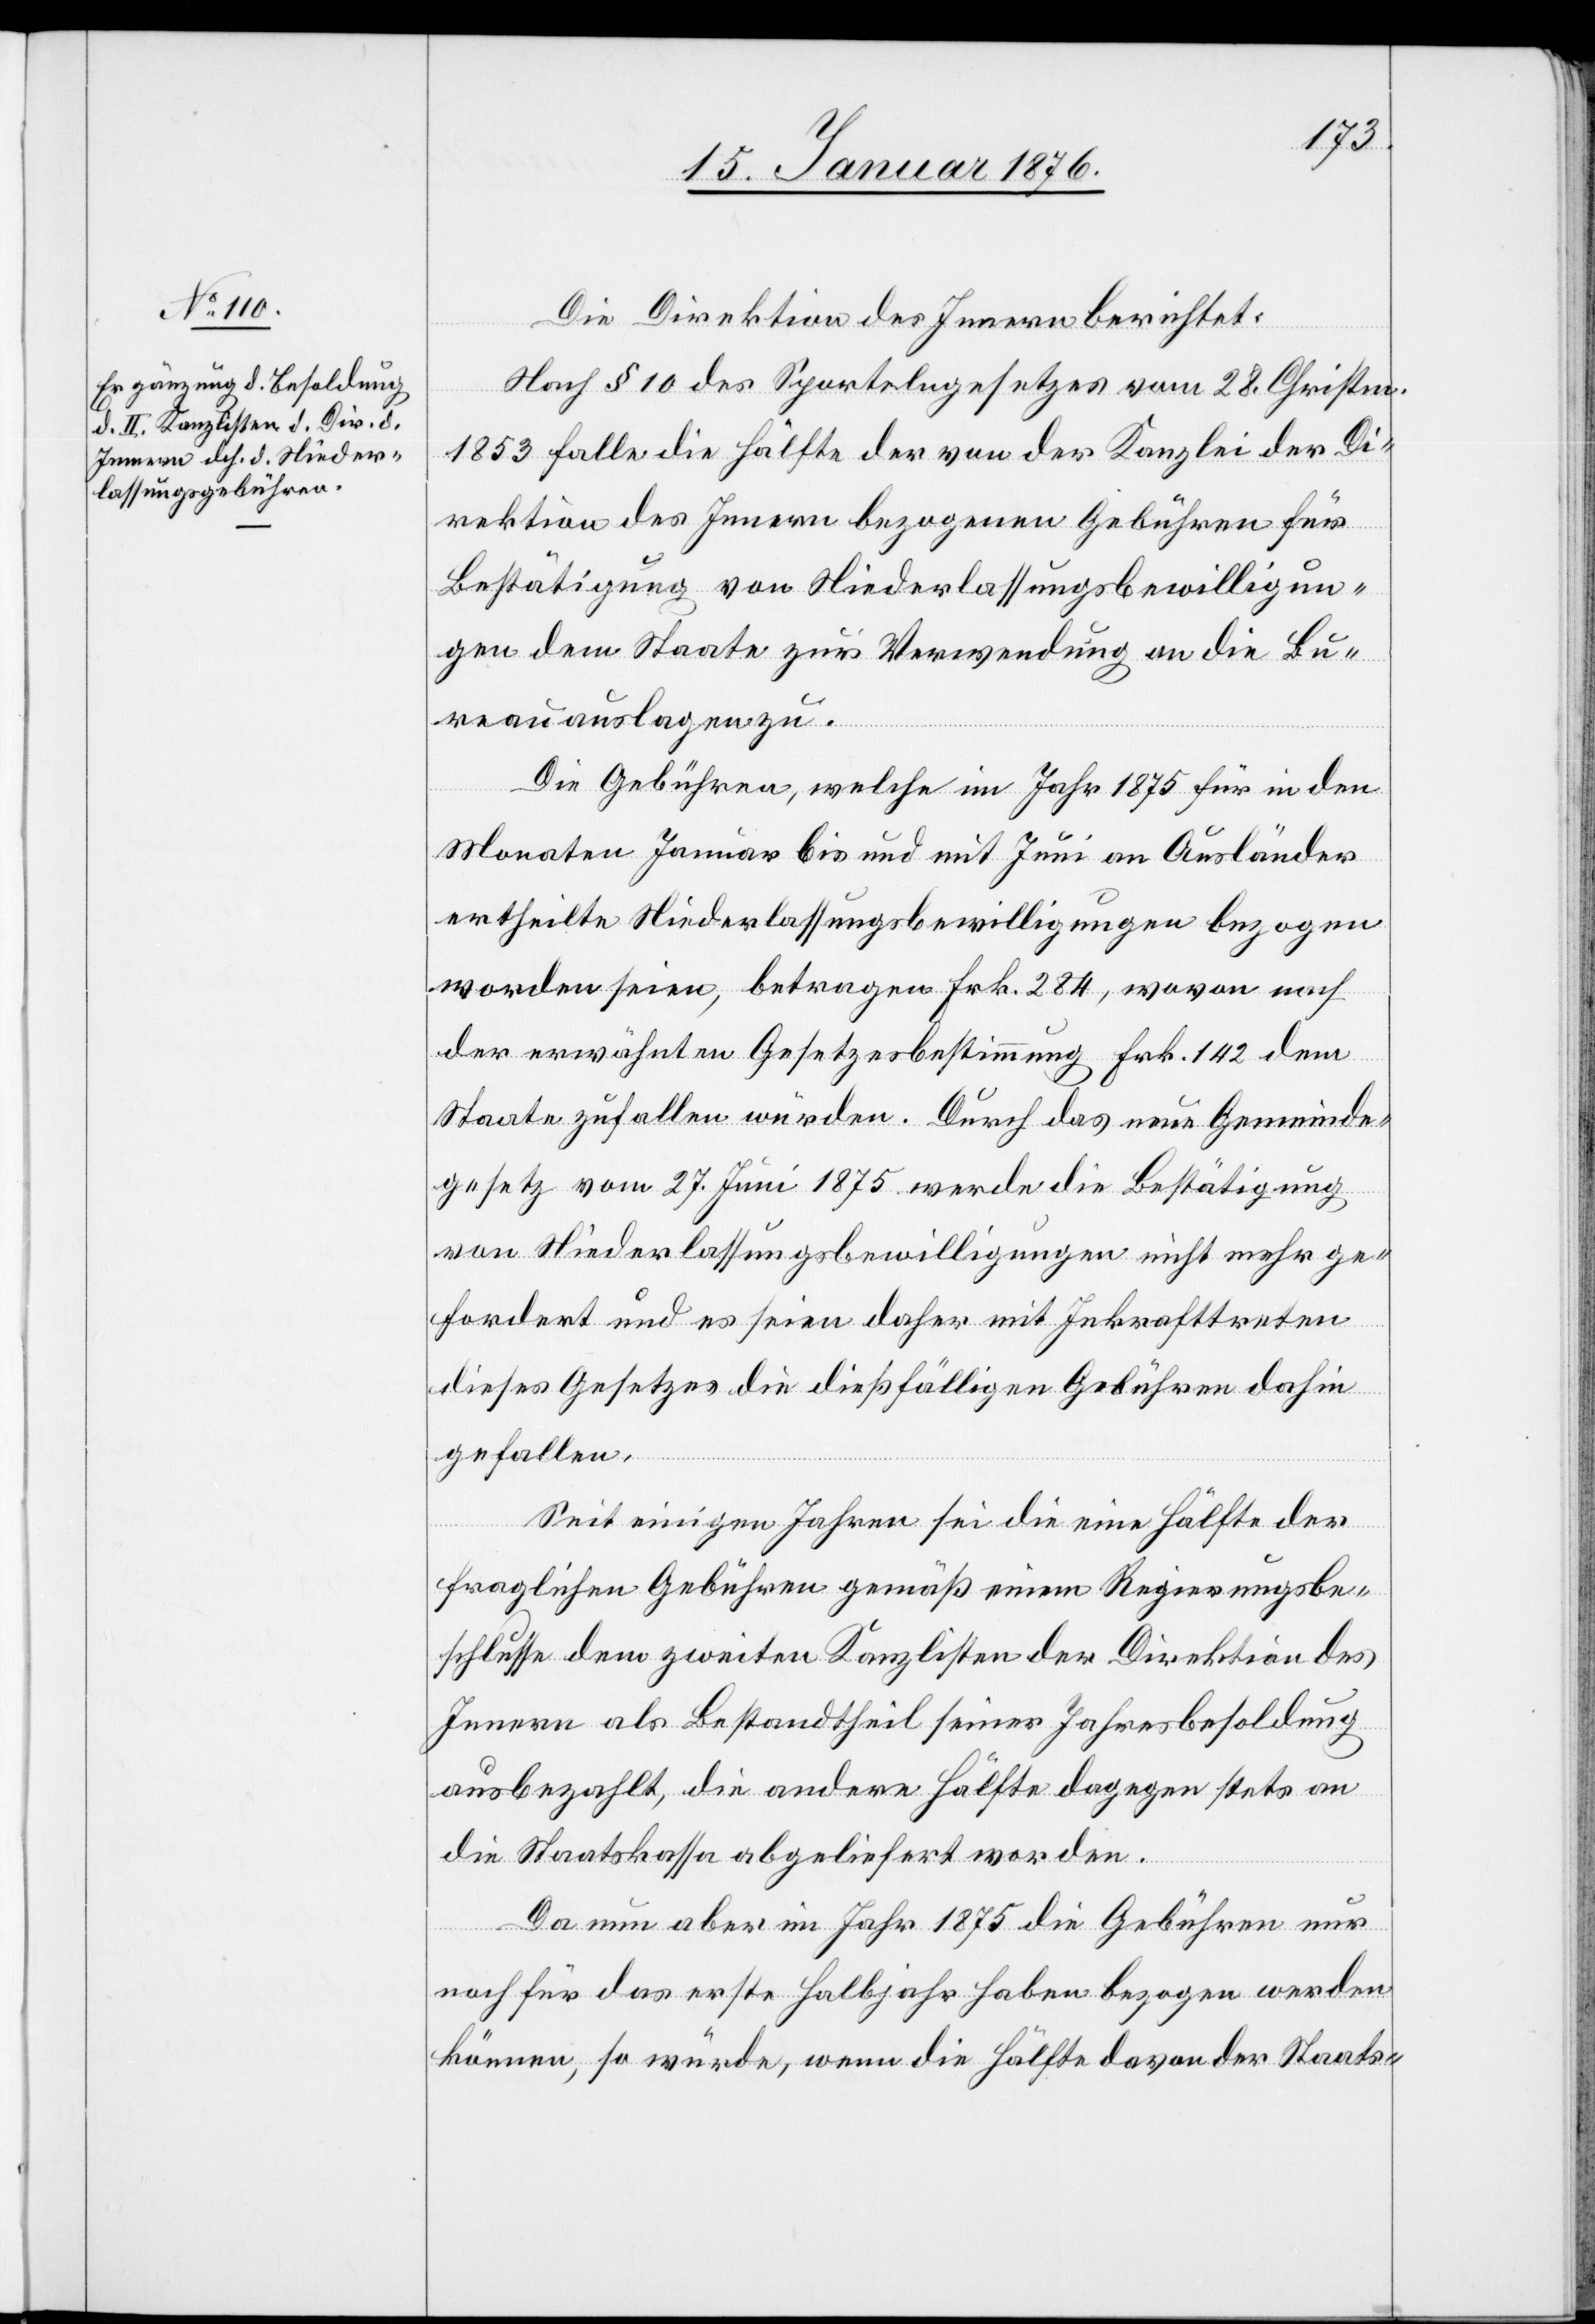
Die Direktion des Innern berichtet:
Nach § 10 des Sportelngesetzes vom 28. Christm.
1853 falle die Hälfte der von der Kanzlei der Di¬
rektion des Innern bezogenen Gebühren für
Bestätigung von Niederlassungsbewilligun¬
gen dem Staate zur Verwendung an die Bu¬
reauauslagen zu.
Die Gebühren, welche im Jahr 1875 für in den
Monaten Januar bis und mit Juni an Ausländer
ertheilte Niederlassungsbewilligungen bezogen
worden seien, betragen Frk. 284, wovon nach
der erwähnten Gesetzesbestimmung Frk. 142 dem
Staate zufallen würden. Durch das neue Gemeinde¬
gesetz vom 27. Juni 1875 werde die Bestätigung
von Niederlassungsbewilligungen nicht mehr ge¬
fordert und es seien daher mit Inkrafttreten
dieses Gesetzes die dießfälligen Gebühren dahin
gefallen.
Seit einigen Jahren sei die eine Hälfte der
fraglichen Gebühren gemäß einem Regierungsbe¬
schlusse dem zweiten Kanzlisten der Direktion des
Innern als Bestandtheil seiner Jahresbesoldung
ausbezahlt, die andere Hälfte dagegen stets an
die Staatskassa abgeliefert worden.
Da nun aber im Jahr 1875 die Gebühren nur
noch für das erste Halbjahr haben bezogen werden
könne, so würde, wenn die Hälfte davon der Staats-